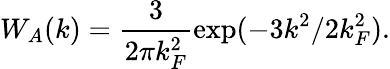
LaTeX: W_{A}(k)=\frac{3}{2\pi k_{F}^{2}}\exp(-3k^{2}/2k_{F}^{2}).